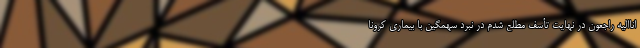
اناالیه راجعون در نهایت تأسف مطلع شدم در نبرد سهمگین با بیماری کرونا